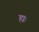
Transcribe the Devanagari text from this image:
ह्यः